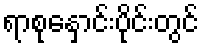
ရာစုနှောင်းပိုင်းတွင်